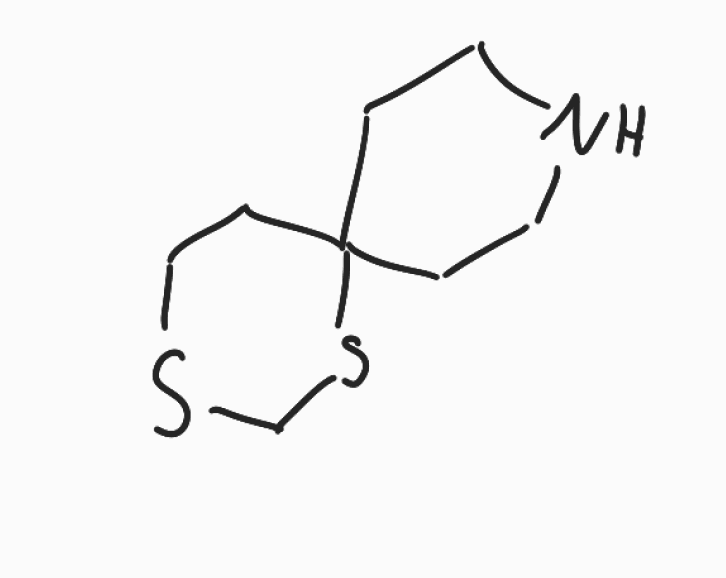
Simplified molecular-input line-entry system (SMILES) notation of the given molecule:
C1CNCCC12CCSCS2